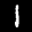
Label: 1